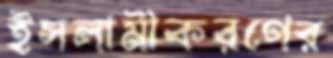
ইসলামীকরণের